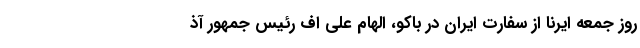
روز جمعه ایرنا از سفارت ایران در باکو، الهام علی اف رئیس جمهور آذ